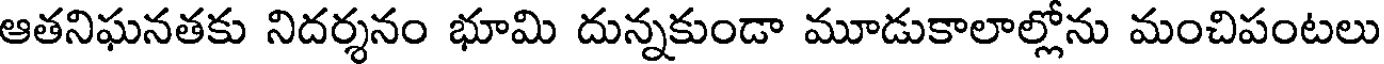
ఆతనిఘనతకు నిదర్శనం భూమి దున్నకుండా మూడుకాలాల్లోను మంచిపంటలు